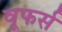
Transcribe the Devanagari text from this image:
वूफर्स